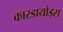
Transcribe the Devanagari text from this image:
कारडायोड्स